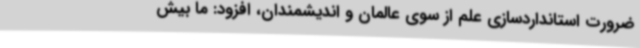
ضرورت استانداردسازی علم از سوی عالمان و اندیشمندان، افزود: ما بیش